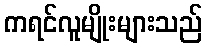
ကရင်လူမျိုးများသည်